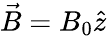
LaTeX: \vec{B}=B_{0}\hat{z}